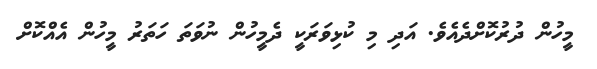
މީހުން ދުރުކޮށްދެއެވެ. އަދި މި ކުޅިވަރަކީ ދެމީހުން ނުވަތަ ހަތަރު މީހުން އެއްކޮށް